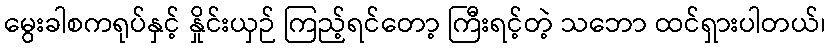
မွေးခါစကရုပ်နှင့် နှိုင်းယှဉ် ကြည့်ရင်တော့ ကြီးရင့်တဲ့ သဘော ထင်ရှားပါတယ်၊